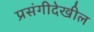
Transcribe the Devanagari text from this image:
प्रसंगीदेखील